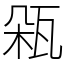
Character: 𤬾